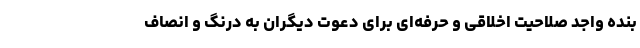
بنده واجد صلاحیت اخلاقی و حرفه‌ای برای دعوت دیگران به درنگ و انصاف